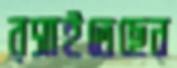
রসাইতেছেন